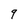
Character: 9